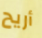
أريح